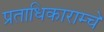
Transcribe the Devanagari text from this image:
प्रताधिकाराम्चे